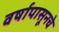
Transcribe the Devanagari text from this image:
वर्षापासूनचे